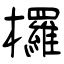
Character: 欏